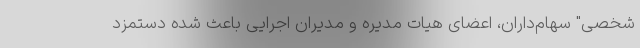
شخصی" سهام‌‌داران، اعضای هیات مدیره و مدیران اجرایی باعث شده دستمزد